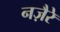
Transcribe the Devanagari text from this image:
नज़ैरे